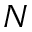
N